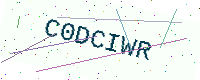
Text: C0DCIWR